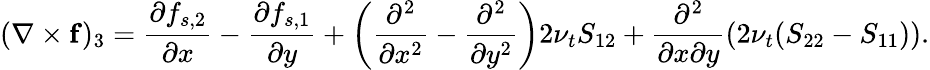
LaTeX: (\mathbf{\nabla\times f})_{3}=\frac{\partial f_{s,2}}{\partial x}-\frac{\partial f_{s,1}}{\partial y}+\left(\frac{\partial^{2}}{\partial x^{2}}-\frac{\partial^{2}}{\partial y^{2}}\right)2\nu_{t}S_{12}+\frac{\partial^{2}}{\partial x\partial y}\left(2\nu_{t}(S_{22}-S_{11})\right).